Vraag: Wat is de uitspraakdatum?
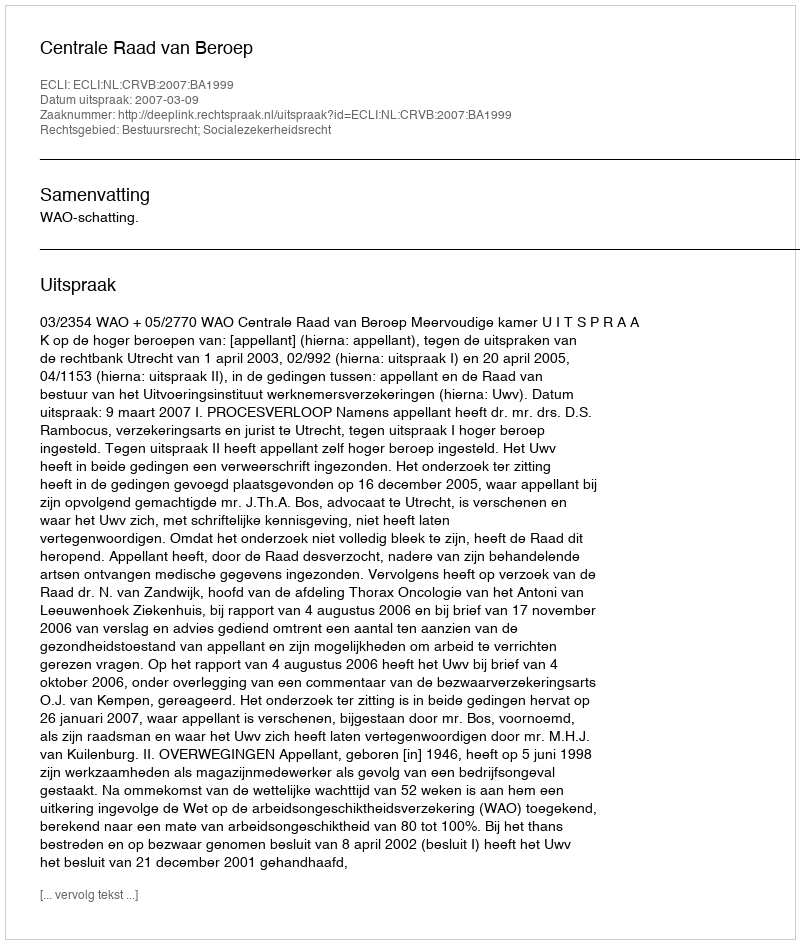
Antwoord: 2007-03-09